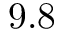
9 . 8